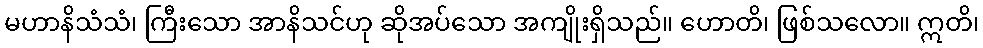
မဟာနိသံသံ၊ ကြီးသော အာနိသင်ဟု ဆိုအပ်သော အကျိုးရှိသည်။ ဟောတိ၊ ဖြစ်သလော။ ဣတိ၊